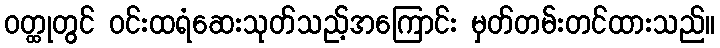
ဝတ္ထုတွင် ဝင်းထရံဆေးသုတ်သည့်အကြောင်း မှတ်တမ်းတင်ထားသည်။